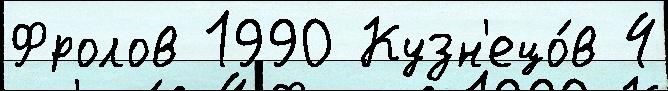
Фролов 1990 Кузн'ецо́в 4